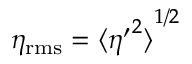
\eta _ { \mathrm { r m s } } = { \langle { \eta ^ { \prime } } ^ { 2 } \rangle } ^ { 1 / 2 }